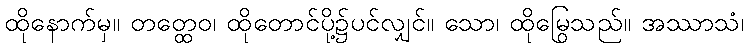
ထိုနောက်မှ။ တတ္ထေဝ၊ ထိုတောင်ပို့၌ပင်လျှင်။ သော၊ ထိုမြွေသည်။ အဿာသံ၊